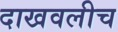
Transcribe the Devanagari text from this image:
दाखवलीच